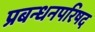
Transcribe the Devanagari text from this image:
प्रबन्धनपरिषद